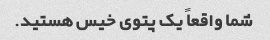
شما واقعاً یک پتوی خیس هستید.